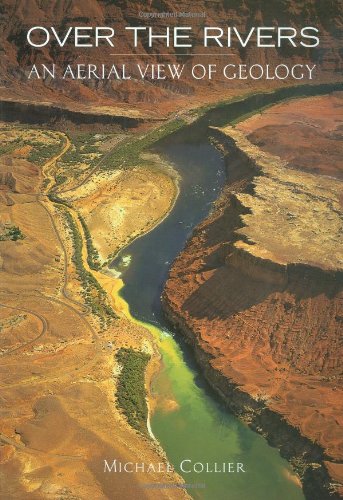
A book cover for Over the Rivers (An Aerial View of Geology); Michael Collier; Arts & Photography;